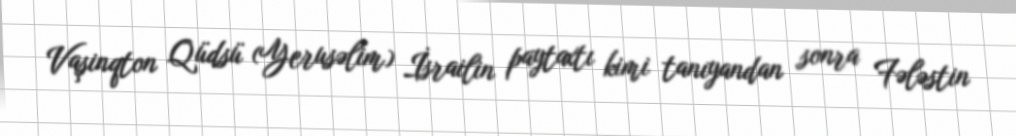
Vaşinqton Qüdsü (Yerusəlim) İsrailin paytaxtı kimi tanıyandan sonra Fələstin